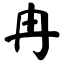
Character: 冉